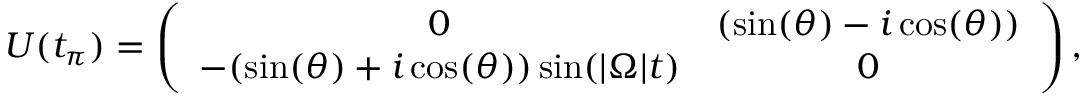
\begin{array} { r } { U ( t _ { \pi } ) = \left( \begin{array} { c c c c } { 0 } & { ( \sin ( \theta ) - i \cos ( \theta ) ) } \\ { - ( \sin ( \theta ) + i \cos ( \theta ) ) \sin ( | \Omega | t ) } & { 0 } \end{array} \right) , } \end{array}